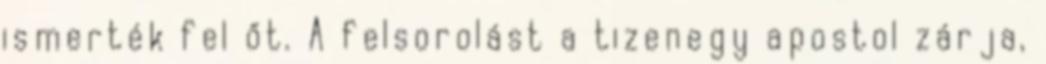
ismerték fel őt. A felsorolást a tizenegy apostol zárja,